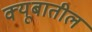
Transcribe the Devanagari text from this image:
क्यूबातील